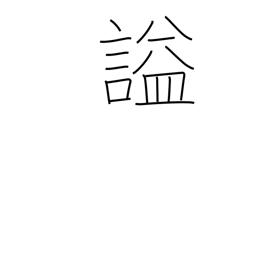
Meaning: laughing